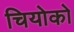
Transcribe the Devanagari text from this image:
चियोको